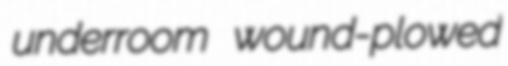
underroom wound-plowed